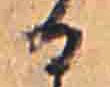
る